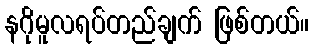
နဂိုမူလရပ်တည်ချက် ဖြစ်တယ်။